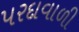
પરદાવાળી